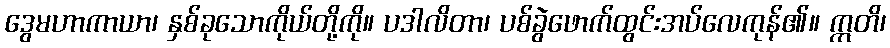
ဒွေမဟာကာယာ၊ နှစ်ခုသောကိုယ်တို့ကို။ ပဒါလိတာ၊ ပစ်ခွဲဖောက်ထွင်းအပ်လေကုန်၏။ ဣတိ၊